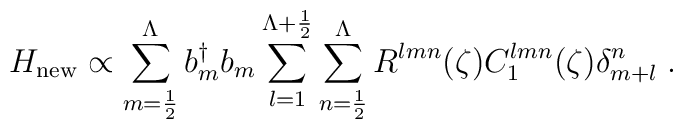
H_{\rm{new}}  \propto\sum_{m=\frac{1}{2}}^{\Lambda} b^{\dag}_m b_m\sum_{l=1}^{\Lambda +\frac{1}{2}} \sum_{n=\frac{1}{2}}^{\Lambda}R^{lmn}(\zeta) C_1^{lmn}(\zeta) \delta^n_{m+l}\;.\nonumber